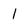
Character: l